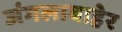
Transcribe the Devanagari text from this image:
जंगलाबाहेर